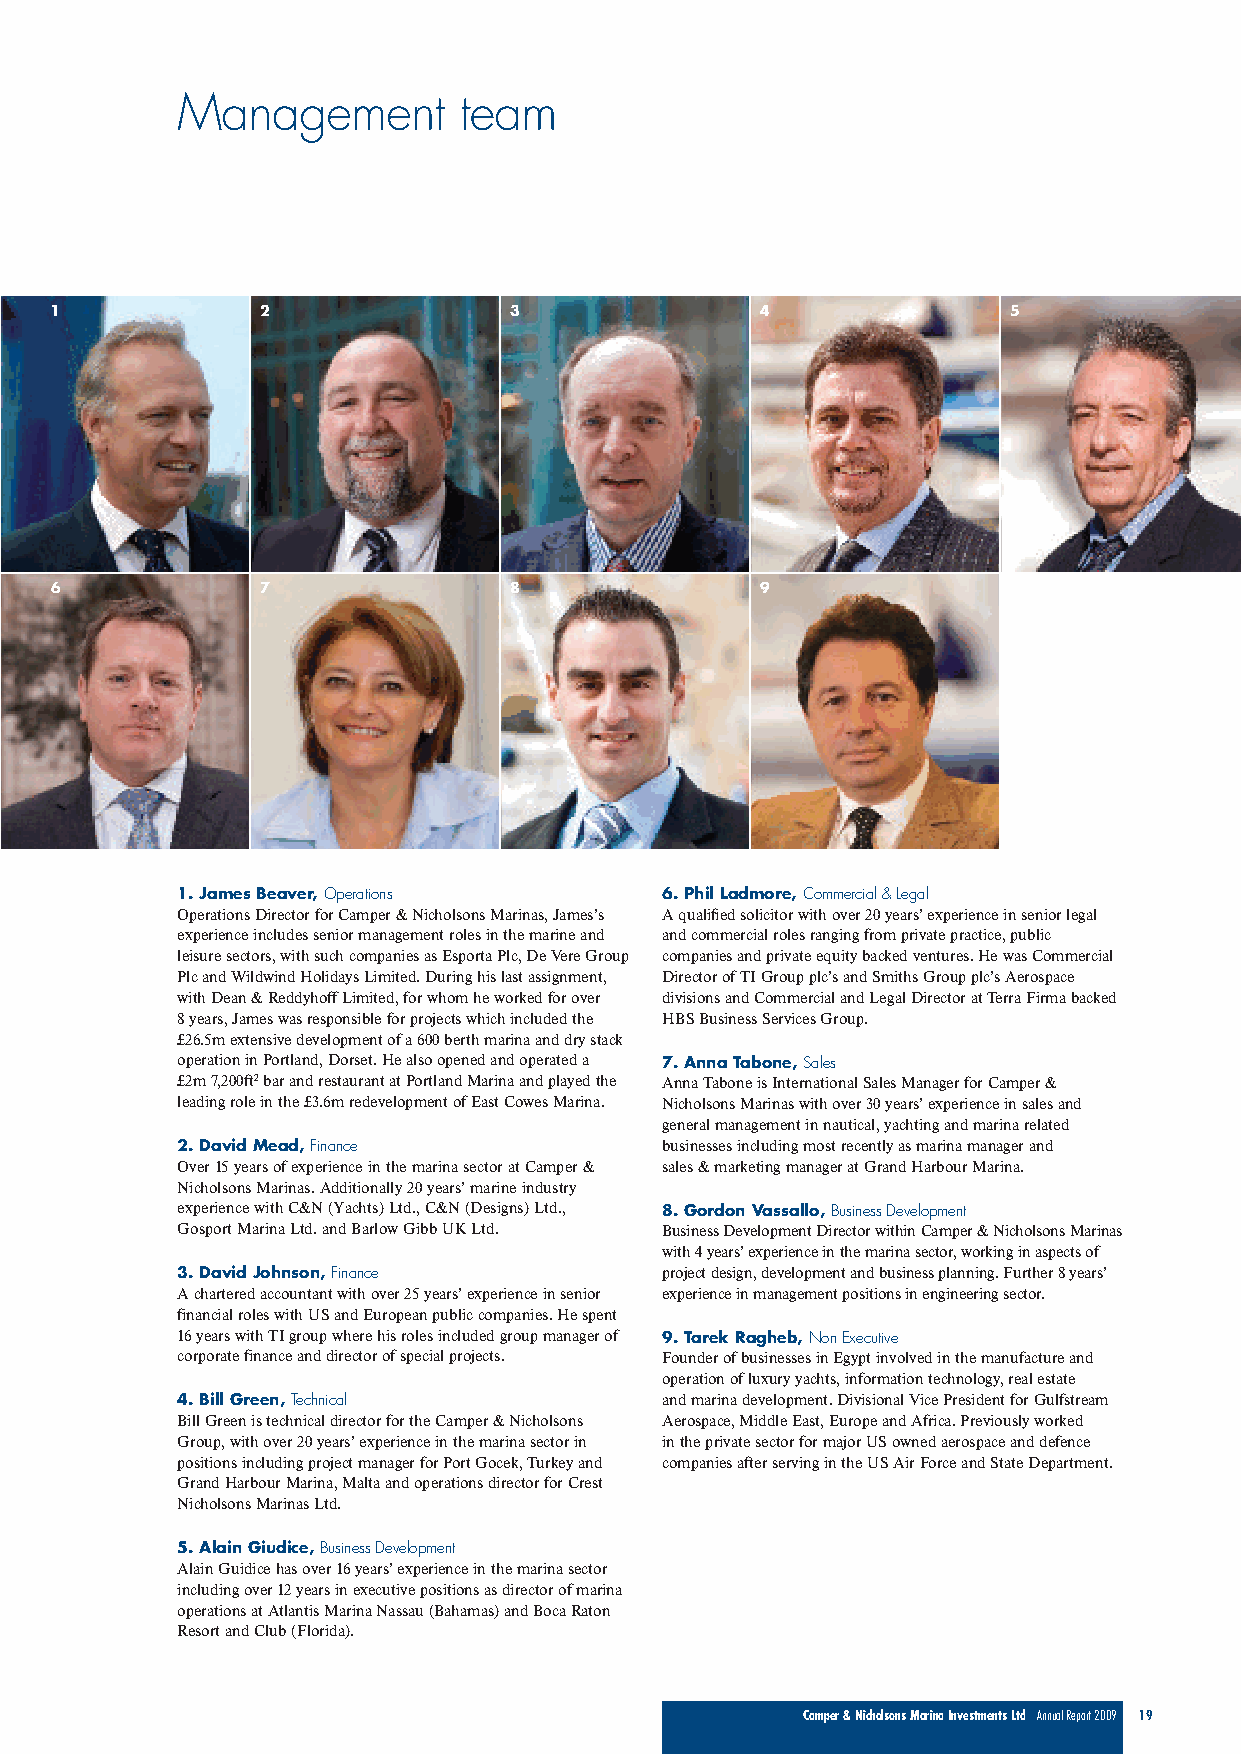
Management        team
 1             2                3               4                5
 6             7                8               9
 1. James Beaver, Operations     6. Phil Ladmore, Commercial & Legal
 Operations Director for Camper & Nicholsons Marinas, James’s A qualified solicitor with over 20 years’ experience in senior legal
 experience includes senior management roles in the marine and and commercial roles ranging from private practice, public
 leisure sectors, with such companies as Esporta Plc, De Vere Group companies and private equity backed ventures. He was Commercial
 Plc and Wildwind Holidays Limited. During his last assignment, Director of TI Group plc’s and Smiths Group plc’s Aerospace
 with Dean & Reddyhoff Limited, for whom he worked for over divisions and Commercial and Legal Director at Terra Firma backed
 8 years, James was responsible for projects which included the HBS Business Services Group.
 £26.5m extensive development of a 600 berth marina and dry stack
 operation in Portland, Dorset. He also opened and operated a 7. Anna Tabone, Sales
 £2m 7,200ft2bar and restaurant at Portland Marina and played the Anna Tabone is International Sales Manager for Camper &
 leading role in the £3.6m redevelopment of East Cowes Marina. Nicholsons Marinas with over 30 years’ experience in sales and
 general management in nautical, yachting and marina related
 2. David Mead, Finance          businesses including most recently as marina manager and
 Over 15 years of experience in the marina sector at Camper & sales & marketing manager at Grand Harbour Marina.
 Nicholsons Marinas. Additionally 20 years’ marine industry
 experience with C&N (Yachts) Ltd., C&N (Designs) Ltd., 8. Gordon Vassallo, Business Development
 Gosport Marina Ltd. and Barlow Gibb UK Ltd. Business Development Director within Camper & Nicholsons Marinas
 with 4 years’ experience in the marina sector, working in aspects of
 3. David Johnson, Finance       project design, development and business planning. Further 8 years’
 A chartered accountant with over 25 years’ experience in senior experience in management positions in engineering sector.
 financial roles with US and European public companies. He spent
 16 years with TI group where his roles included group manager of 9. Tarek Ragheb, Non Executive
 corporate finance and director of special projects. Founder of businesses in Egypt involved in the manufacture and
 operation of luxury yachts, information technology, real estate
 4. Bill Green, Technical        and marina development. Divisional Vice President for Gulfstream
 Bill Green is technical director for the Camper & Nicholsons Aerospace, Middle East, Europe and Africa. Previously worked
 Group, with over 20 years’ experience in the marina sector in in the private sector for major US owned aerospace and defence
 positions including project manager for Port Gocek, Turkey and companies after serving in the US Air Force and State Department.
 Grand Harbour Marina, Malta and operations director for Crest
 Nicholsons Marinas Ltd.
 5. Alain Giudice, Business Development
 Alain Guidice has over 16 years’ experience in the marina sector
 including over 12 years in executive positions as director of marina
 operations at Atlantis Marina Nassau (Bahamas) and Boca Raton
 Resort and Club (Florida).
 Camper & Nicholsons Marina Investments Ltd Annual Report 2009 19